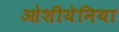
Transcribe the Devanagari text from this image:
ओशीयेनिया